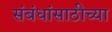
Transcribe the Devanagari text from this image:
संबंधांसाठीच्या